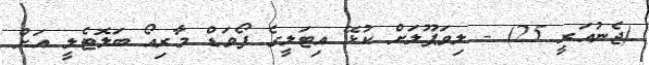
(ޖެނުއަރީ 25) - ލިވަޕޫލަށް ކުޅޭ އިޓަލީގެ ފޯވަަޑް މާރިއޯ ބަލޮޓެލީ އަށް